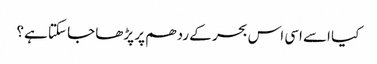
کیا اسے اسی اس بحر کے ردھم پر پڑھا جا سکتا ہے؟